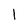
Character: I